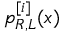
p _ { R , L } ^ { [ i ] } ( x )